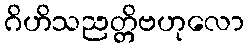
ဂိဟိသညတ္တိဗဟုလော